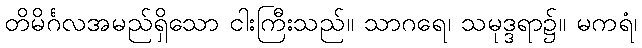
တိမိင်္ဂလအမည်ရှိသော ငါးကြီးသည်။ သာဂရေ၊ သမုဒ္ဒရာ၌။ မကရံ၊